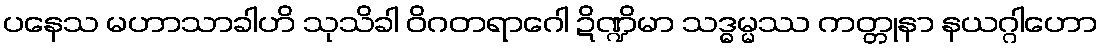
ပနေသ မဟာသာခါဟိ သုသိခါ ဝိဂတရာဂေါ ဍိဏ္ဍိမာ သဒ္ဓမ္မဿ ကတ္တုနာ နယဂ္ဂါဟော